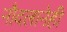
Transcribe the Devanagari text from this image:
नौदलानेही